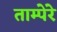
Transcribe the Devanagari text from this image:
ताम्पेरे